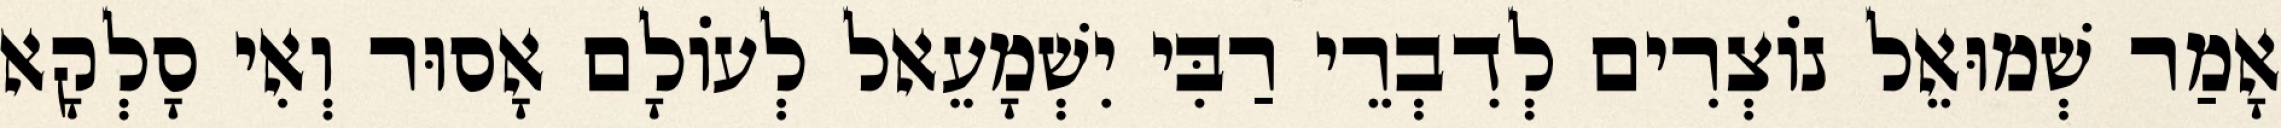
אָמַר שְׁמוּאֵל נוֹצְרִים לְדִבְרֵי רַבִּי יִשְׁמָעֵאל לְעוֹלָם אָסוּר וְאִי סָלְקָא